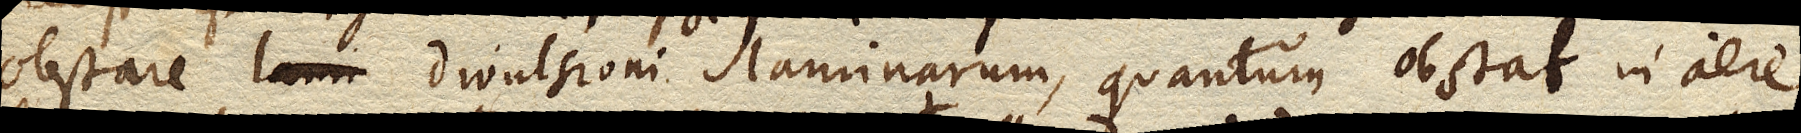
obstare divulsioni laminarum, quantum obstat in aere